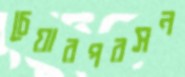
চেয়ারপরসন